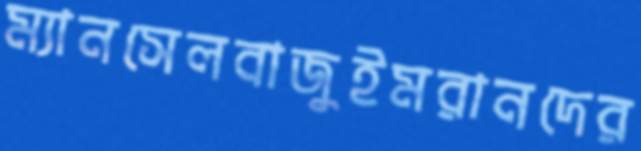
ম্যানসেলবাজুইমরানদের